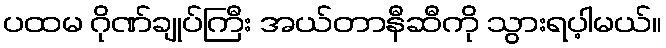
ပထမ ဂိုဏ်ချုပ်ကြီး အယ်တာနီဆီကို သွားရပ့ါမယ်။